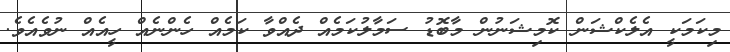
މިކަމަކީ އެލެކްޝަން ކޮމިޝަނުން މާބޮޑު ސަމާލުކަމެއް ދެއްވާ ކަމެއް ހެންނެއް ހީއެއް ނުވެއެވެ.